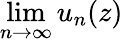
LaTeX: \operatorname*{lim}_{n\to\infty}u_{n}(z)